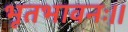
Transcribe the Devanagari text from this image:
भूतभावनः।।